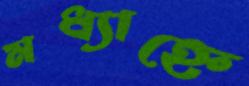
মধ্যাহ্নে